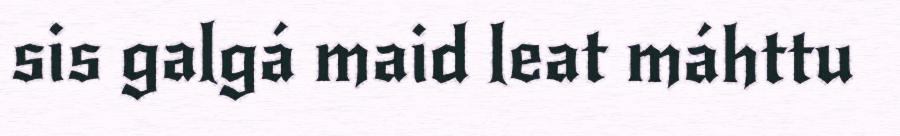
sis galgá maid leat máhttu